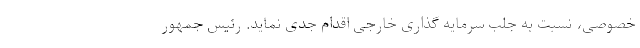
خصوصی، نسبت به جلب سرمایه گذاری خارجی اقدام جدی نماید. رئیس جمهور